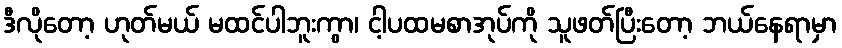
ဒီလိုတော့ ဟုတ်မယ် မထင်ပါဘူးကွာ၊ ငါ့ပထမစာအုပ်ကို သူဖတ်ပြီးတော့ ဘယ်နေရာမှာ